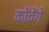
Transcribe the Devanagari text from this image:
कोंचेंगे